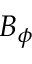
B _ { \phi }